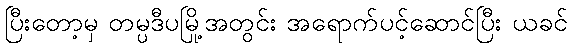
ပြီးတော့မှ တမ္ပဒီပမြို့အတွင်း အရောက်ပင့်ဆောင်ပြီး ယခင်